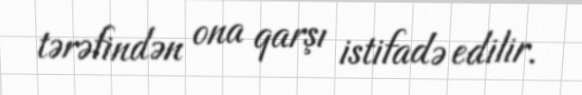
tərəfindən ona qarşı istifadə edilir.